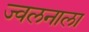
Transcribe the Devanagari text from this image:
ज्वलनाला